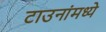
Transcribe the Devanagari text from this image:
टाउनांमध्ये